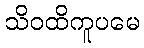
သိဝထိကူပမေ